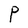
Character: P